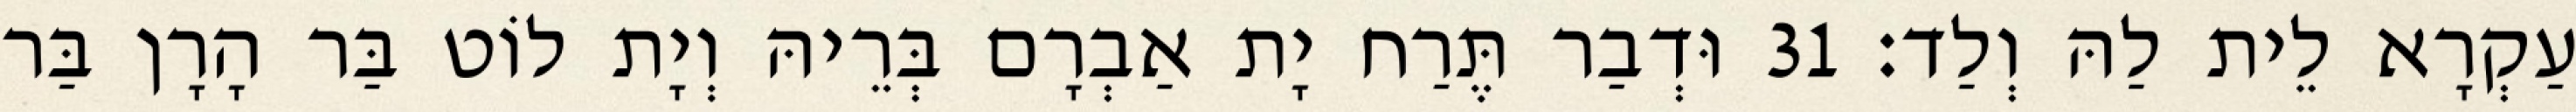
עַקְרָא לֵית לַהּ וְלַד׃ 31 וּדְבַר תֶּרַח יָת אַבְרָם בְּרֵיהּ וְיָת לוֹט בַּר הָרָן בַּר